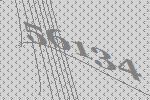
56134